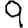
Digit: 9